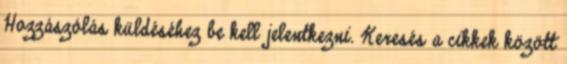
Hozzászólás küldéséhez be kell jelentkezni. Keresés a cikkek között